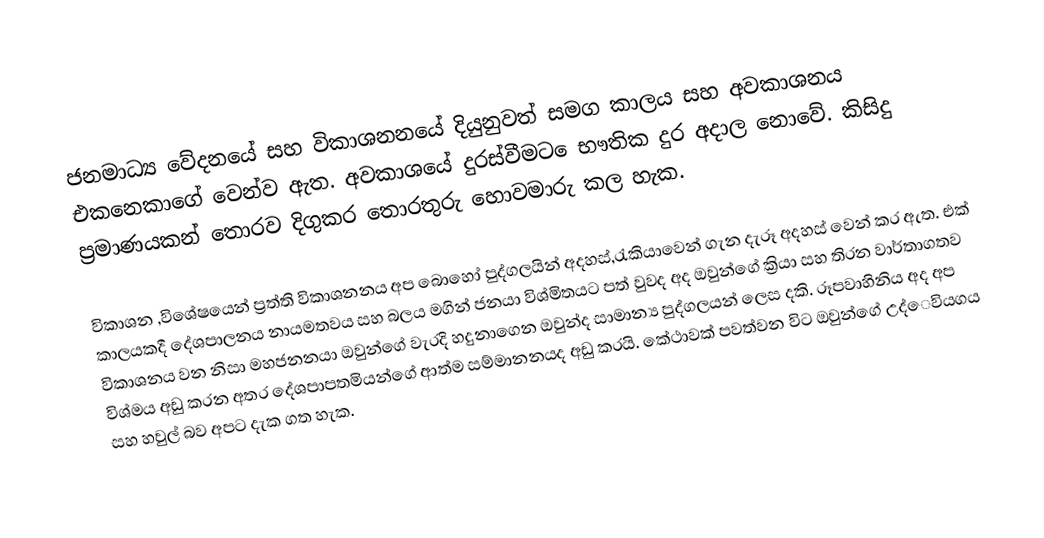
ජනමාධ්‍ය වේදනයේ සහ විකාශනනයේ දියුනුවත් සමග කාලය සහ අවකාශනය  එකනෙකාගේ වෙන්ව ඇත. අවකාශයේ දුරස්වීමට ෙභෟතික දුර අදාල නොවේ. කිසිදු ප්‍රමාණයකන් තොරව දිගුකර තොරතුරු හොවමාරු කල හැක.

විකාශන ,විශේෂයෙන් ප්‍රත්ති විකාශනනය අප බොහෝ පුද්ගලයින් අදහස්,රැකියාවෙන් ගැන දැරූ අදහස් වෙන් කර ඇත. එක් කාලයකදී  දේශපාලනය නායමතවය සහ බලය මගින්   ජනයා විශ්මිතයට පත් වුවද අද ඔවුන්ගේ  ක්‍රියා සහ තිරන වාර්තාගතව  විකාශනය වන නිසා මහජනනයා ඔවුන්ගේ වැරදි හදුනාගෙන ඔවුන්ද සාමාන්‍ය පුද්ගලයන් ලෙස දකි.  රූපවාහිනිය අද අප විශ්මය අඩු කරන අතර දේශපාපතමියන්ගේ ආත්ම සම්මානනයද අඩු කරයි. කේථාවක් පවත්වන විට ඔවුන්ගේ උද්ෙවියගය සහ හවුල් බව අපට දැක ගත හැක.